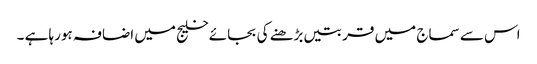
اس سے سماج میں قربتیں بڑھنے کی بجائے خلیج میں اضافہ ہورہا ہے ۔